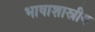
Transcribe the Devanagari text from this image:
भाषाशास्रीय